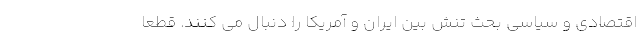
اقتصادی و سیاسی بحث تنش بین ایران و آمریکا را دنبال می کنند. قطعا